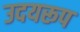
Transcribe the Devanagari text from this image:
उदयरूप